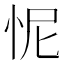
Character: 怩